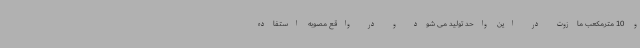
و 10 مترمکعب مازوت در این واحد تولید می شود و در واقع مصوبه استفاده